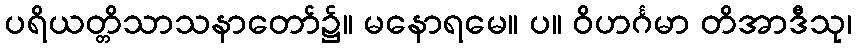
ပရိယတ္တိသာသနာတော်၌။ မနောရမေ။ ပ။ ဝိဟင်္ဂမာ တိအာဒီသု၊